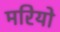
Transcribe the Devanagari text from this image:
मरियो